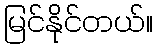
မြင်နိုင်တယ်။